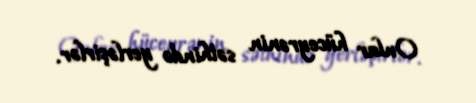
Onlar hüceyrənin səthində yerləşirlər.